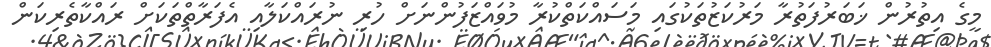
މީގެ އިތުރުން ޚަބަރުފަތުރާ މަރުކަޒުތަކުގައި މަސައްކަތްކުރާ މުވައްޒަފުންނަށް ހުރި ނުރައްކަލާއި އެފަރާތްތަކަށް ރައްކާތެރިކަން